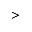
>